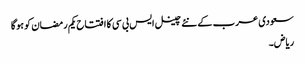
سعودی عرب کے نئے چینل ایس بی سی کا افتتاح یکم رمضان کو ہوگا
ریاض۔